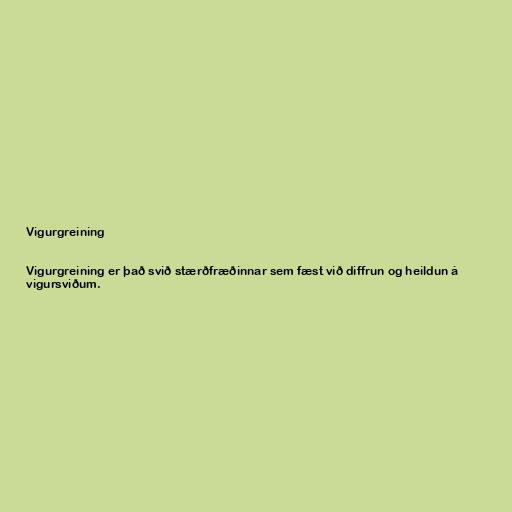
Vigurgreining

Vigurgreining er það svið stærðfræðinnar sem fæst við diffrun og heildun á
vigursviðum.